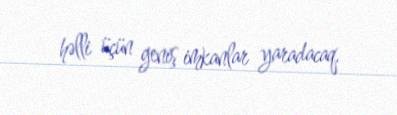
həlli üçün geniş imkanlar yaradacaq.